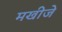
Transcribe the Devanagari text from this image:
मखीजे